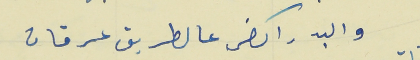
والبد راكض عالطريق عرقان